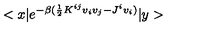
< x | e ^ { - \beta ( \frac { 1 } { 2 } K ^ { i j } v _ { i } v _ { j } - J ^ { i } v _ { i } ) } | y >